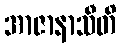
အာဇာနာသီတိ